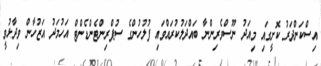
އިސްކަންދަރު ކޮށީގައި މިއަދު ނޫސްވެރިންނާ ބައްދަލުކުރައްވައި ފުލުހުންގެ ސުޕްރިންޓެންޑެންޓް އަހުމަދު އަޒުހާން ވިދާޅުވީ